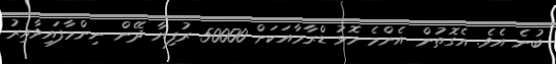
ބުނެ އެވެ. އެގޮތުން އެންމެ މޮޅު ޑްރާމާއަކަށް 50000 ރުފިޔާ ދޭން ނިންމާފައިވާއިރު